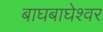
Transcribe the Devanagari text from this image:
बाघबाघेश्वर